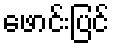
ဖောင်းပြင်